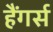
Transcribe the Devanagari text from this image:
हैंगर्स